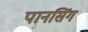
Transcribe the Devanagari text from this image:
पानसिंग